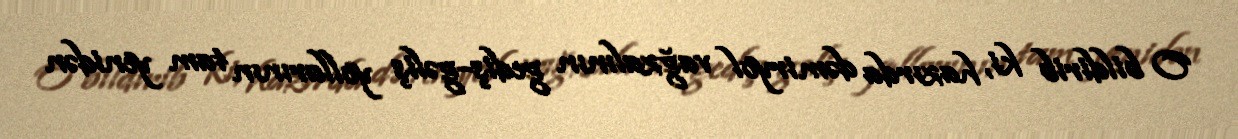
O bildirib ki, hazırda dəmiryol vağzalının gediş-gəliş yollarının tam yenidən